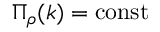
\Pi _ { \rho } ( k ) = \mathrm { c o n s t }